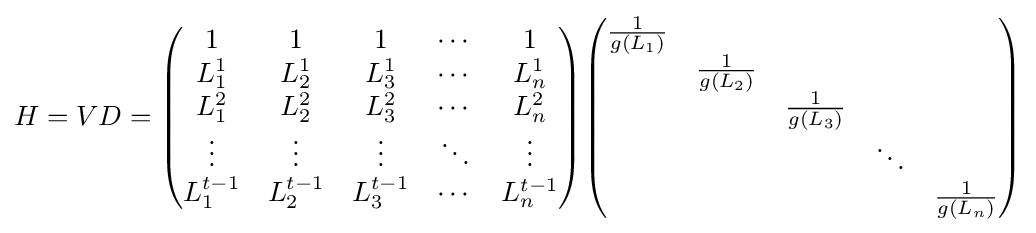
H=VD={\begin{pmatrix}1&1&1&\cdots &1\\L_{1}^{1}&L_{2}^{1}&L_{3}^{1}&\cdots &L_{n}^{1}\\L_{1}^{2}&L_{2}^{2}&L_{3}^{2}&\cdots &L_{n}^{2}\\\vdots &\vdots &\vdots &\ddots &\vdots \\L_{1}^{t-1}&L_{2}^{t-1}&L_{3}^{t-1}&\cdots &L_{n}^{t-1}\end{pmatrix}}{\begin{pmatrix}{\frac {1}{g(L_{1})}}&&&&\\&{\frac {1}{g(L_{2})}}&&&\\&&{\frac {1}{g(L_{3})}}&&\\&&&\ddots &\\&&&&{\frac {1}{g(L_{n})}}\end{pmatrix}}